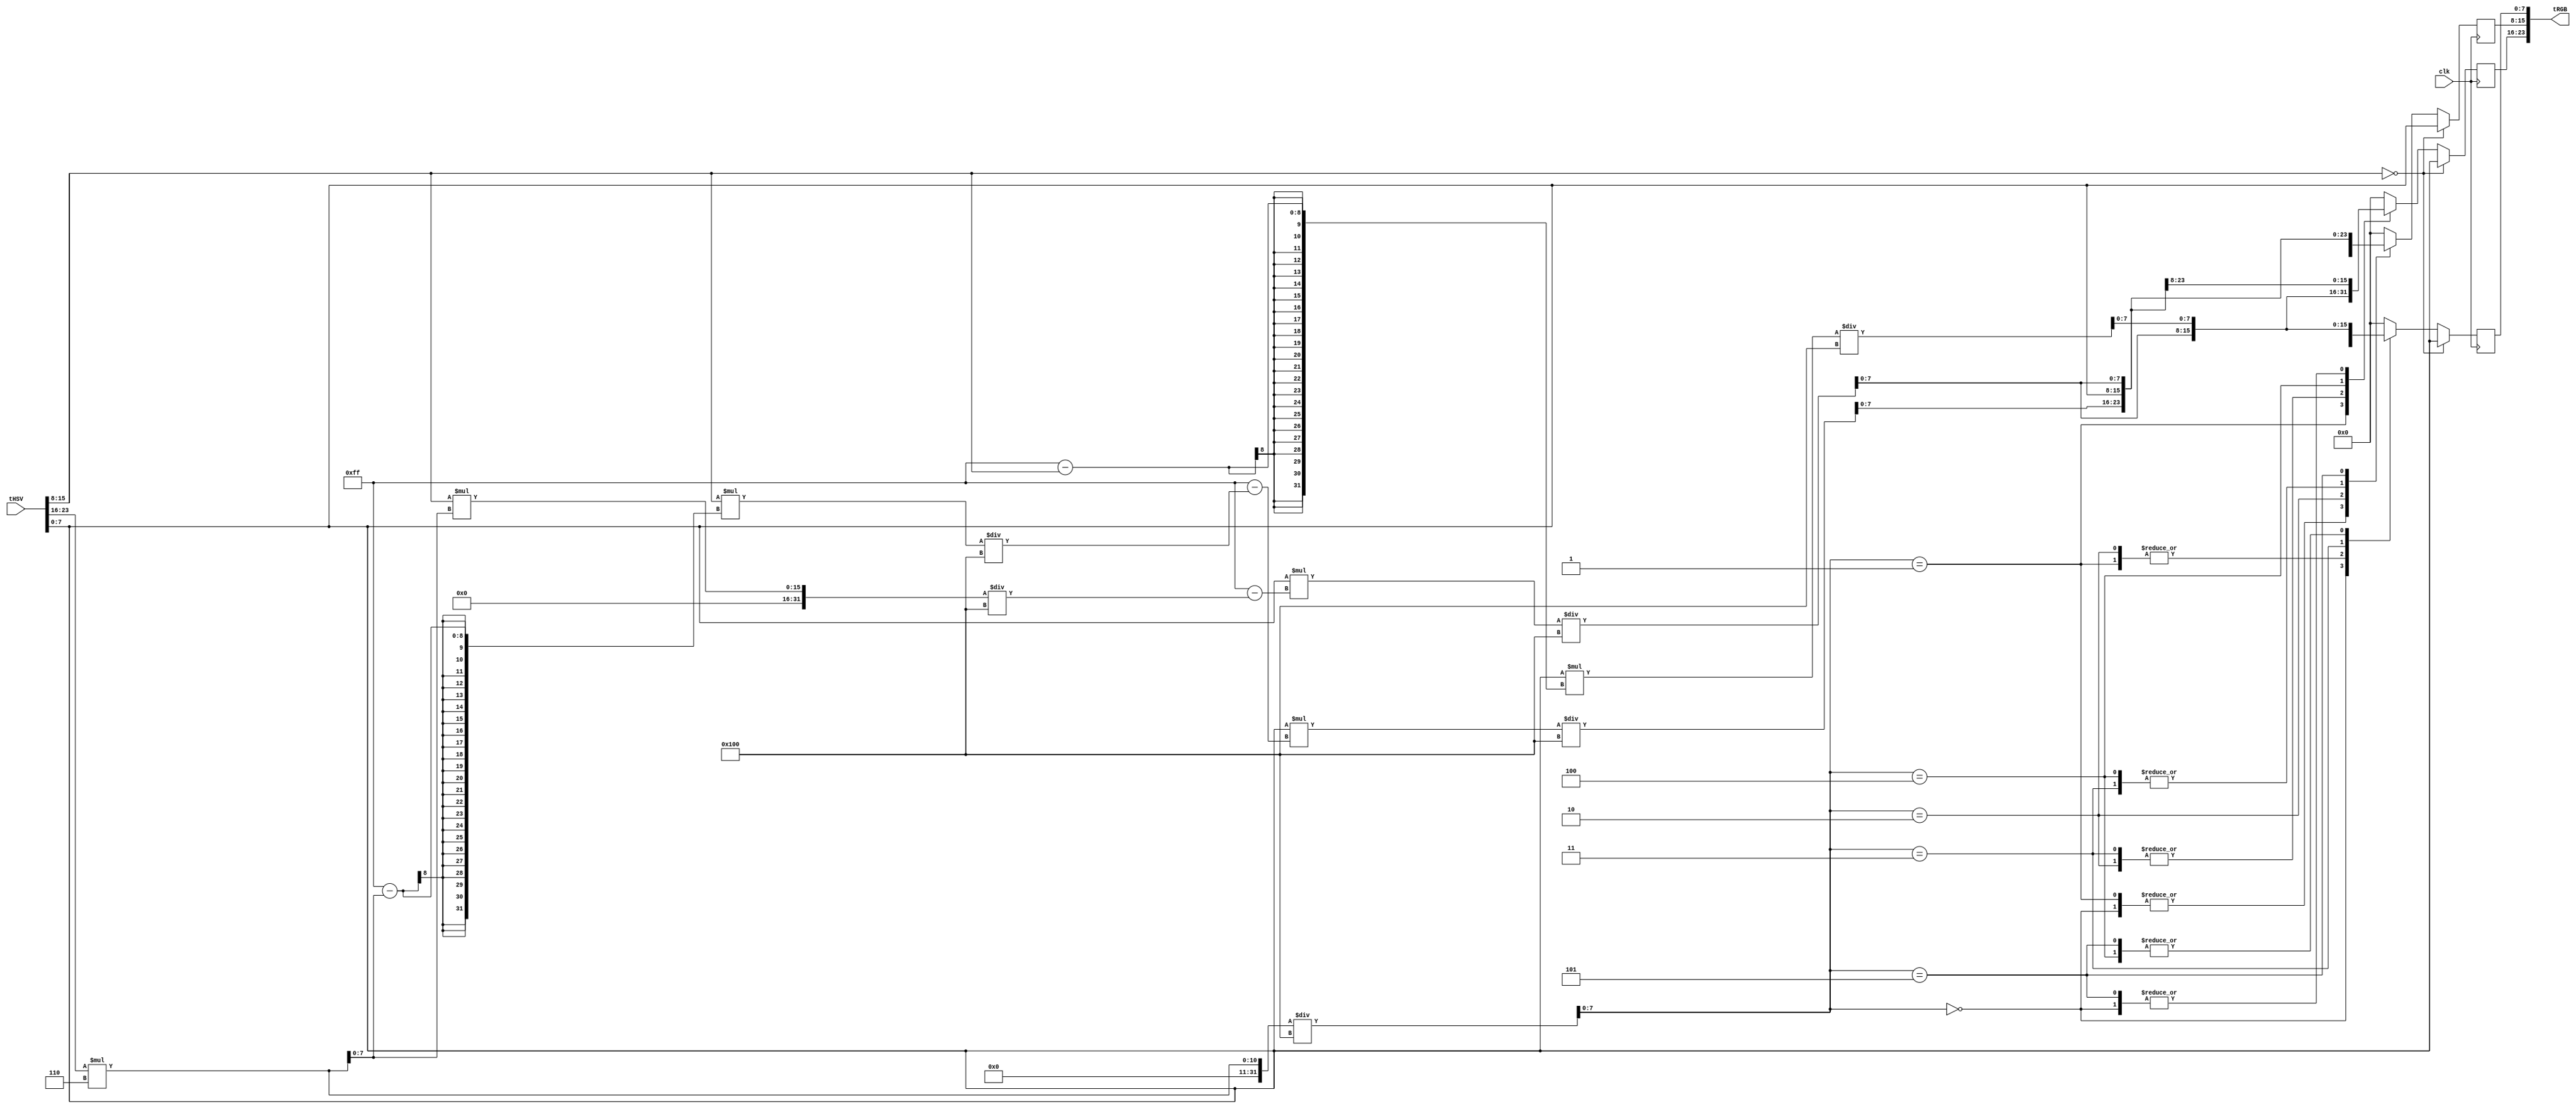
`timescale 1ns / 1ps
//////////////////////////////////////////////////////////////////////////////////
// Company: 
// Engineer: 
// 
// Design Name: 
// Module Name:    hsv2rgb 
// Project Name: 
// Target Devices: 
// Tool versions: 
// Description: 
//
// Dependencies: 
//
// Revision: 
// Revision 0.01 - File Created
// Additional Comments: 
//
//////////////////////////////////////////////////////////////////////////////////
module hsv2rgb(
    input [23:0] tHSV,
    input clk,
    output [23:0] tRGB
    );
	 
	 wire[7:0] H;
	 wire[7:0] S;
	 wire[7:0] V;
	 
	 assign H = tHSV[23:16];
	 assign S = tHSV[15:8];
	 assign V = tHSV[7:0];
	 
	 parameter quad0 = 0;			//0
	 parameter quad1 = 1;			//60
	 parameter quad2 = 2;			//120
	 parameter quad3 = 3;		//180
	 parameter quad4 = 4;		//240
	 parameter quad5 = 5;		//300

   // Should be commented out with Arianas
   //wire [7:0] 	   hQuadrant;
   /* Arianas code without the divider*/
   
    
	 wire [7:0] hQuadrant1;
	 wire [7:0] hOffset;
	 
	 assign hQuadrant1 = (H*6)/256;
   

      // Should be commented out with Arianas
   /*
   n_divider hue_div1(
		.clk(clk),
		.dividend(H),
		.divisor(43),
		.quotient(hQuadrant),
	        // note: the "fractional" output was originally named "remainder" in this
		// file -- it seems coregen will name this output "fractional" even if
		// you didn't select the remainder type as fractional.
		.fractional(hOffset),
		.rfd(s_rfd)
		);
    */
	 
	 wire [7:0] P;
	 wire [7:0] Q;
	 wire [7:0] T;

   /* Arianas code without the divider */

	 wire [15:0] hFract1;
	 wire [15:0] hFract2;
	 wire [7:0] hFract3;
	 assign hFract1 = H*6;
	 assign hFract2 = hFract1<<8;
	 assign hFract3 = hFract2[15:8];

	 
	 
	 assign P = (V * (255-S))/256;
   
   /* Arianas code without the divider */

    	 assign Q = (V * (255-(S*hFract3/256)))/256;
	 assign T = (V * (255-(S*(255-hFract3))/256))/256;


	 reg[7:0] tR;
	 reg[7:0] tG;
	 reg[7:0] tB;
	 
	 always @(posedge clk) begin
		if(S == 0) begin
			tR <= V;
			tG <= V;
			tB <= V;
		end
		else begin
		      /* Arianas code without the divider */
		   case(hQuadrant1)

				quad0: begin
					tR <= V;
					tG <= T;
					tB <= P;
				end
				quad1: begin
					tR <= Q;
					tG <= V;
					tB <= P;
				end
				quad2: begin
					tR <= P;
					tG <= V;
					tB <= T;
				end
				quad3: begin
					tR <= P;
					tG <= Q;
					tB <= V;
				end
				quad4: begin
					tR <= T;
					tG <= P;
					tB <= V;
				end
				quad5: begin
					tR <= V;
					tG <= P;
					tB <= Q;
				end
				default: begin
					tR <= 0;
					tG <= 0;
					tB <= 0;
				end
			endcase
		end
	end
	assign tRGB = {tR,tB,tG};


endmodule